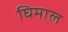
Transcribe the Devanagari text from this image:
घिमाल